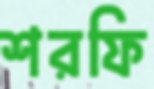
শরফি